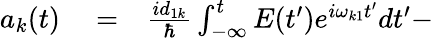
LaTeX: \begin{array}{rlr}{a_{k}(t)}&{{}=}&{\frac{id_{1k}}{\hbar}\int_{-\infty}^{t}E(t^{\prime})e^{i\omega_{k1}t^{\prime}}dt^{\prime}-}\end{array}